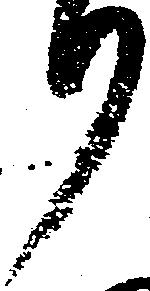
り